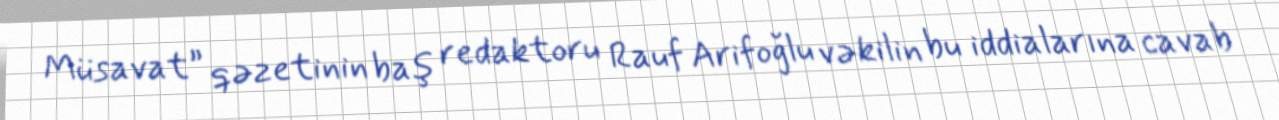
Müsavat” qəzetinin baş redaktoru Rauf Arifoğlu vəkilin bu iddialarına cavab